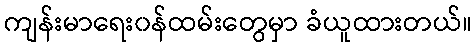
ကျန်းမာရေး၀န်ထမ်းတွေမှာ ခံယူထားတယ်။